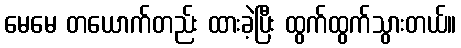
မေမေ တယောက်တည်း ထားခဲ့ပြီး ထွက်ထွက်သွားတယ်။